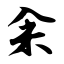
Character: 籴